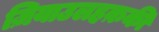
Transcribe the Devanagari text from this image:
ज़ियाउलहक़की